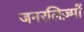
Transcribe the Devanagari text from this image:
जनरलिज़्मों